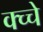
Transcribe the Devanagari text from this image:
क्च्चे